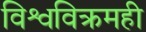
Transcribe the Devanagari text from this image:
विश्वविक्रमही